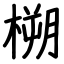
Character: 㮶